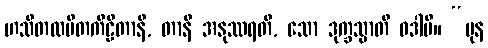
ဟသိတလပိတကီဠိတာနိ, တာနိ အနုဿရတိ, သော ဒုက္ခသ္မာတိ ဝဒါမိ။ “ပုန